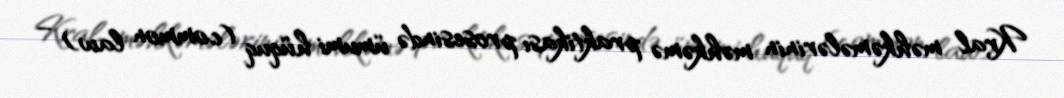
Kral məhkəmələrinin məhkəmə praktikası prosesində ümumi hüquq (common law) –